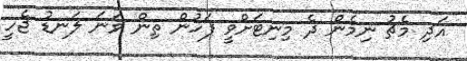
އަދި މެޗު ނިމެން ދެ މިނިޓަށްވީ ފަހުން ތިން ވަނަ ލަނޑު ޖެހީ